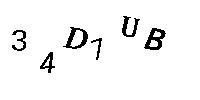
34D1UB